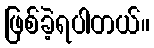
ဖြစ်ခဲ့ရပါတယ်။